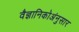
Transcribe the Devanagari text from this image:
वैज्ञानिकोअंनुसार